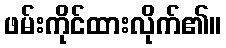
ဖမ်းကိုင်ထားလိုက်၏။